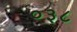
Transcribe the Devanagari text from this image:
०३८